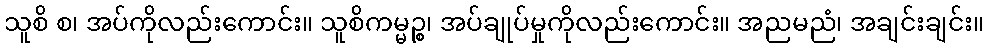
သူစိ စ၊ အပ်ကိုလည်းကောင်း။ သူစိကမ္မဉ္စ၊ အပ်ချုပ်မှုကိုလည်းကောင်း။ အညမညံ၊ အချင်းချင်း။